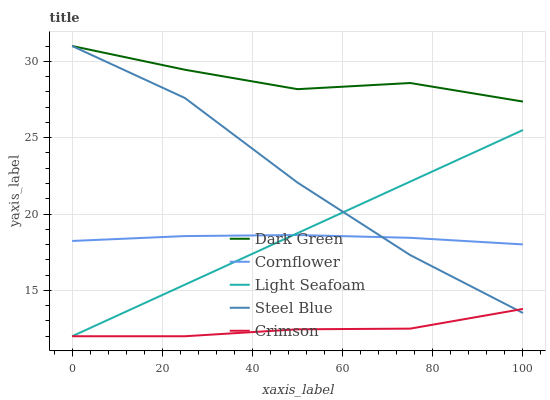
| xaxis_label | Dark Green | Cornflower | Light Seafoam | Steel Blue | Crimson |
 | --- | --- | --- | --- | --- | --- |
 | 0 | 31 | 18.2 | 12 | 31 | 12 |
 | 25 | 29.4 | 18.6 | 15.4 | 27.6 | 12 |
 | 50 | 28.2 | 18.6 | 18.8 | 22.1 | 12.5 |
 | 75 | 28.6 | 18.4 | 22.1 | 17.3 | 12.5 |
 | 100 | 27.4 | 18 | 25.5 | 13.5 | 13.8 |